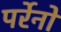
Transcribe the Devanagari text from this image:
पर्रेनो